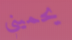
يحميني